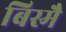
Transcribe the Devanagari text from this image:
बिस्मै